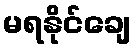
မရနိုင်ချေ